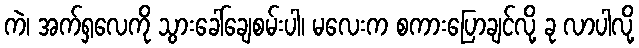
ကဲ၊ အက်ရှလေကို သွားခေါ်ချေစမ်းပါ၊ မလေးက စကားပြောချင်လို့ ခု လာပါလို့